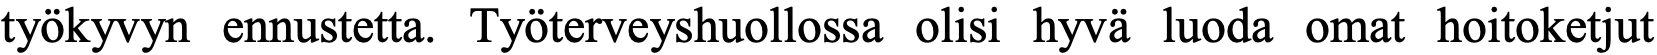
työkyvyn ennustetta. Työterveyshuollossa olisi hyvä luoda omat hoitoketjut